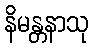
နိမန္တနာသု